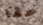
حقا